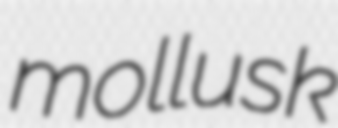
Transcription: mollusk